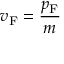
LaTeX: v _ { \mathrm { F } } = { \frac { p _ { \mathrm { F } } } { m } }